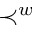
\prec ^ { w }